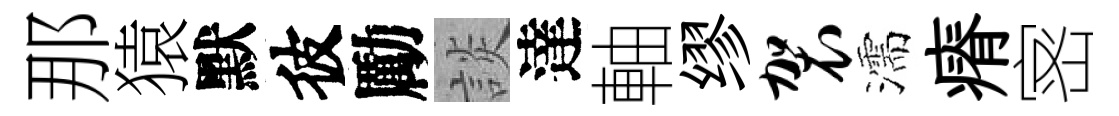
那猿默彼勵談達軸缪袈濡瘠宻